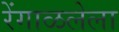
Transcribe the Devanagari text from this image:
रेंगाळलेला